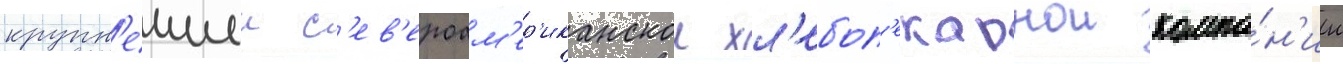
крупн'еишеи с'ев'ероам'ер'иканскои хл'ебоп'екарнои компа́н'ии